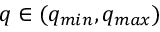
q \in ( q _ { m i n } , q _ { m a x } )